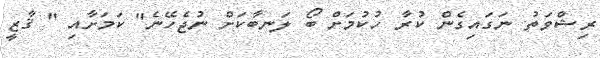
ރިޝްވަތު ނަގައިގެން ކުރާ ހުކުމަށް ބޯ ލަނބާކަށް ނުޖެހޭނެ" ކަމަށާއި " ޤާޒީ